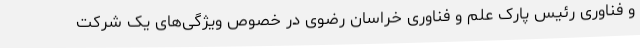
و فناوری رئیس پارک علم و فناوری خراسان رضوی در خصوص ویژگی‌های یک شرکت